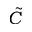
\tilde { C }